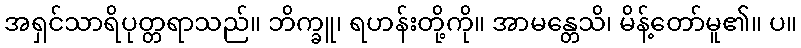
အရှင်သာရိပုတ္တရာသည်။ ဘိက္ခူ၊ ရဟန်းတို့ကို။ အာမန္တေသိ၊ မိန့်တော်မူ၏။ ပ။